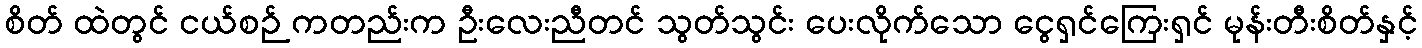
စိတ် ထဲတွင် ငယ်စဉ် ကတည်းက ဦးလေးညီတင် သွတ်သွင်း ပေးလိုက်သော ငွေရှင်ကြေးရှင် မုန်းတီးစိတ်နှင့်